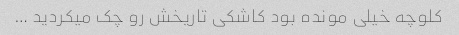
کلوچه خیلی مونده بود کاشکی تاریخش رو چک میکردید …